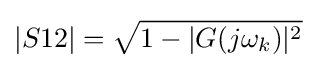
|S12|={\sqrt {1-|G(j\omega _{k})|^{2}}}